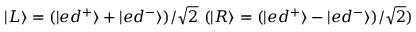
| L \rangle = ( | e d ^ { + } \rangle + | e d ^ { - } \rangle ) / \sqrt { 2 } ~ ( | R \rangle = ( | e d ^ { + } \rangle - | e d ^ { - } \rangle ) / \sqrt { 2 } )